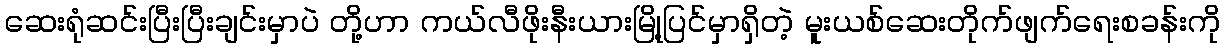
ဆေးရုံဆင်းပြီးပြီးချင်းမှာပဲ တို့ဟာ ကယ်လီဖိုးနီးယားမြို့ပြင်မှာရှိတဲ့ မူးယစ်ဆေးတိုက်ဖျက်ရေးစခန်းကို